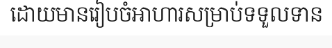
ដោយមានរៀបចំអាហារសម្រាប់ទទួលទាន